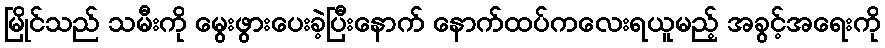
မြိုင်သည် သမီးကို မွေးဖွားပေးခဲ့ပြီးနောက် နောက်ထပ်ကလေးရယူမည့် အခွင့်အရေးကို